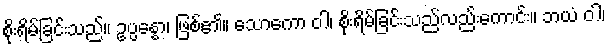
စိုးရိမ်ခြင်းသည်။ ဥပ္ပန္နော၊ ဖြစ်၏။ သောကော ဝါ၊ စိုးရိမ်ခြင်းသည်လည်းကောင်း။ ဘယံ ဝါ၊